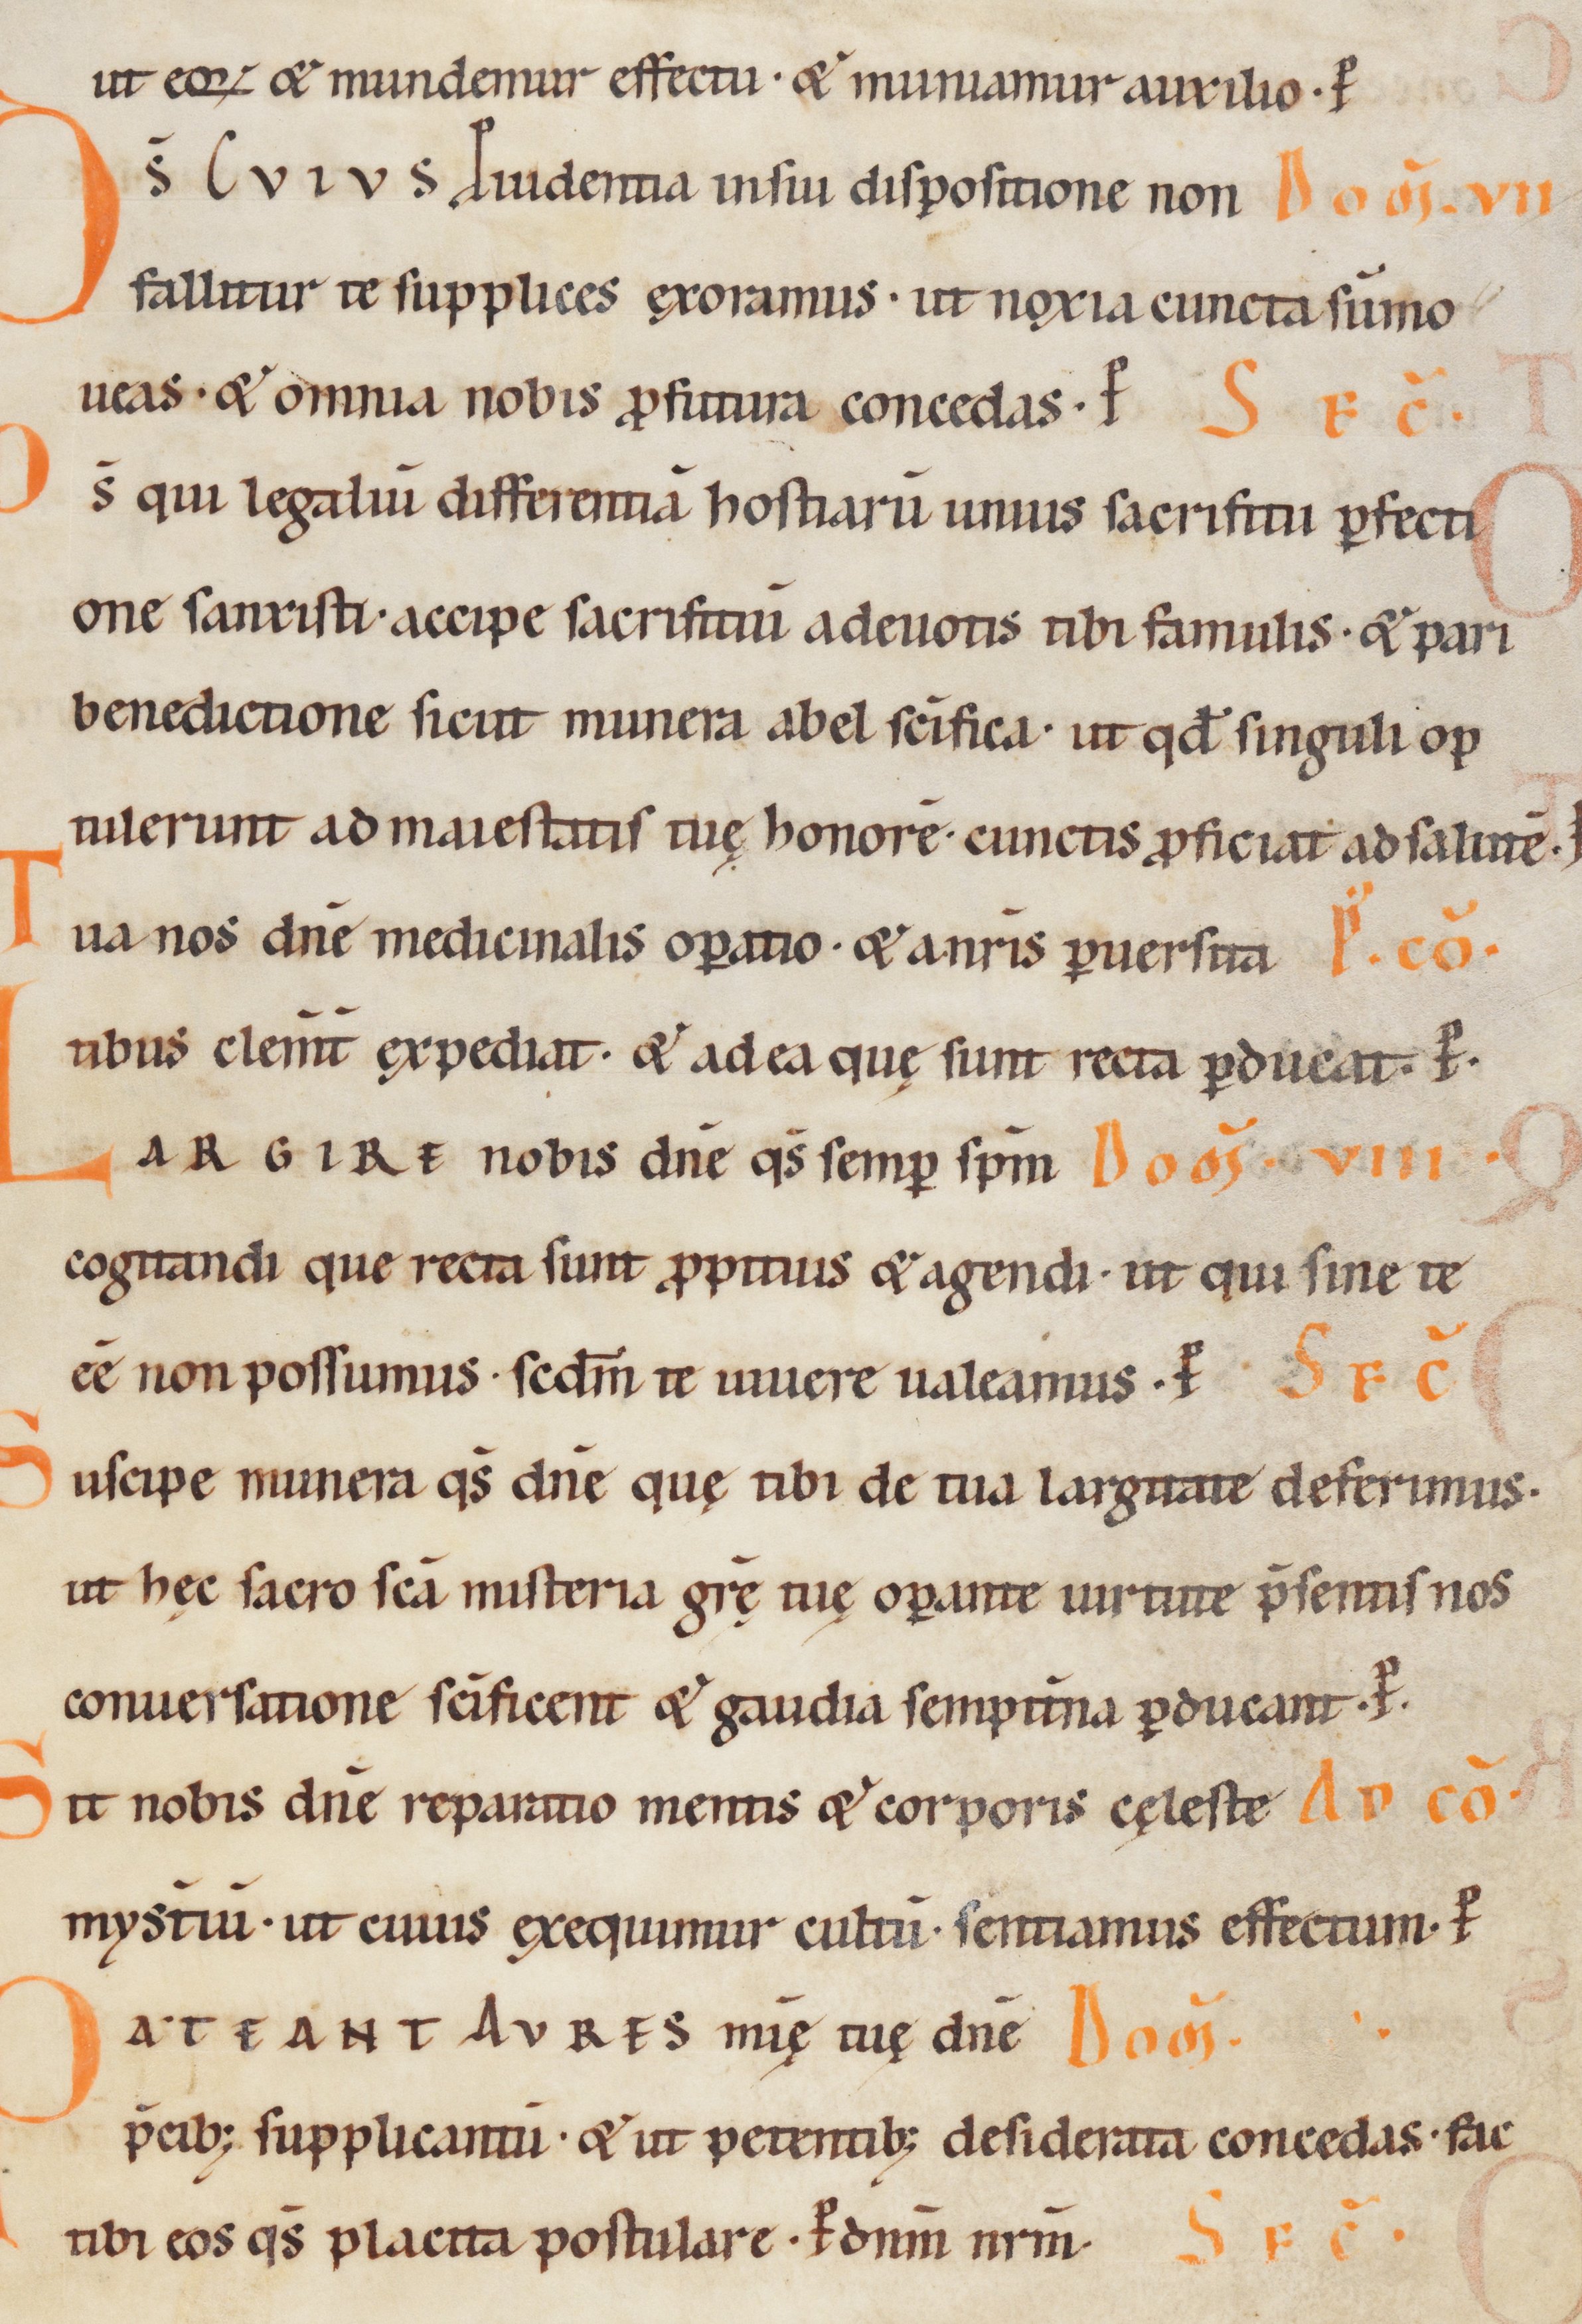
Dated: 1100–1199